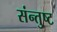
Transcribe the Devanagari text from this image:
संन्तुष्ट